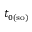
t _ { 0 ( \mathrm { s o ) } }